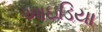
આઇડિયા